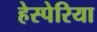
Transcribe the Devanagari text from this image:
हेस्पेरिया